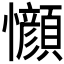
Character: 𫻤